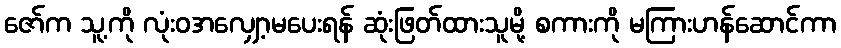
ဇော်က သူ့ကို လုံးဝအလျှော့မပေးရန် ဆုံးဖြတ်ထားသူမို့ စကားကို မကြားဟန်ဆောင်ကာ